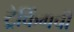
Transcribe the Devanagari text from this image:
ट्रेकिंगची